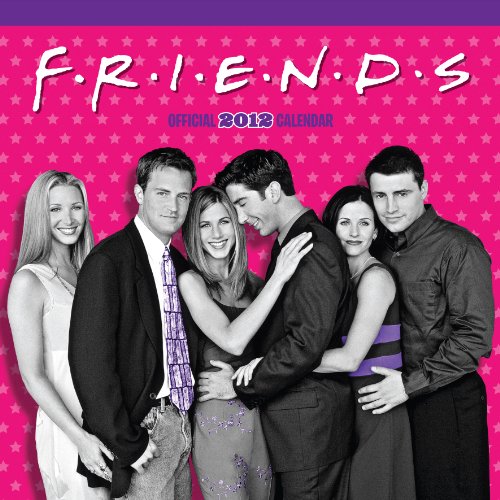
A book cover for Official Friends TV Calendar 2012; Calendars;